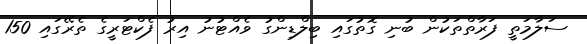
ސަލާމަތީ ފަރާތްތަކުން ބުނި ގޮތުގައި ބިލްޑިންގު ވެއްޓުނު އިރު ފެކްޓަރީގެ ތެރޭގައި 150